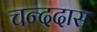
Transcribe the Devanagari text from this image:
चन्ददास